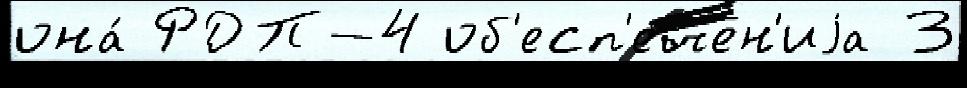
она́ РДП-4 об'есп'ечен'иjа 3